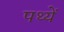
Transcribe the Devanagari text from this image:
पथ्यें